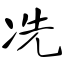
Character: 冼